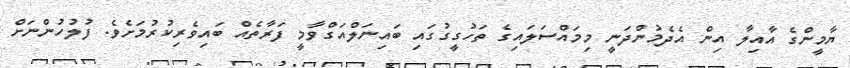
ޔާމީންގެ އާއިލާ އިން އެދެމުންދަނީ މިމައްސަލައިގެ ތަހުގީގުގައި ބައިނަލްއަގްވާމީ ފަރާތެއް ބައިވެރިކުރުމަށެވެ. ފުލުހުންނަށް